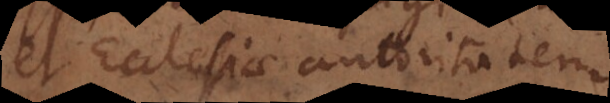
et Ecclesiae autoritatem